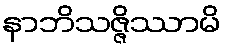
နာဘိသဇ္ဇိဿာမိ